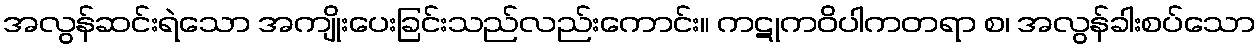
အလွန်ဆင်းရဲသော အကျိုးပေးခြင်းသည်လည်းကောင်း။ ကဋုကဝိပါကတရာ စ၊ အလွန်ခါးစပ်သော